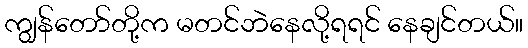
ကျွန်တော်တို့က မတင်ဘဲနေလို့ရရင် နေချင်တယ်။